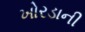
ખોરડાની